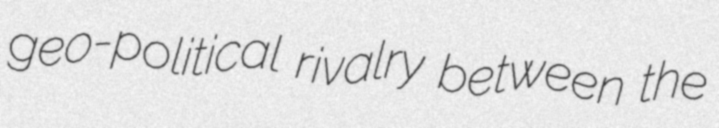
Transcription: geo-political rivalry between the